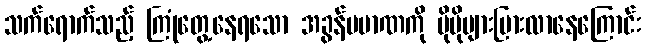
သက်ရောက်သည့် ကြုံတွေ့နေရသော အခွန်ပမာဏကို ပိုမိုများပြားလာနေကြောင်း